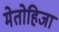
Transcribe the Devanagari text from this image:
मेतोहिजा